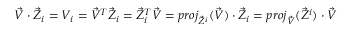
{ \vec { V } } \cdot { \vec { Z } } _ { i } = V _ { i } = { \vec { V } } ^ { T } { \vec { Z } } _ { i } = { \vec { Z } } _ { i } ^ { T } { \vec { V } } = { p r o j _ { { \vec { Z } } ^ { i } } ( { \vec { V } } ) } \cdot { \vec { Z } } _ { i } = { p r o j _ { \vec { V } } ( { \vec { Z } } ^ { i } ) } \cdot { \vec { V } }